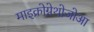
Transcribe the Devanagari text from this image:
माइक्रोग्नेथोजोआ